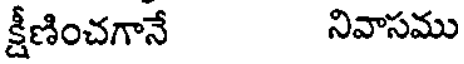
క్షీణించగానే నివాసము